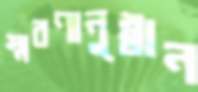
স্মরণানুষ্ঠান